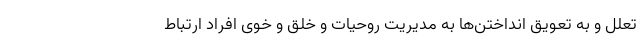
تعلل و به تعویق انداختن‌ها به مدیریت روحیات و خلق و خوی افراد ارتباط